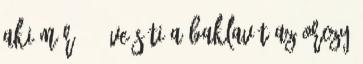
aki már 13 éve süti a baklavát az Orczy